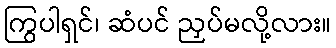
ကြွပါရှင်၊ ဆံပင် ညှပ်မလို့လား။